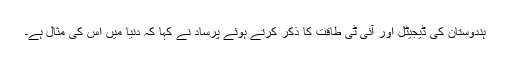
ہندوستان کی ڈیجیٹل اور آئی ٹی طاقت کا ذکر کرتے ہوئے پرساد نے کہا کہ دنیا میں اس کی مثال ہے۔